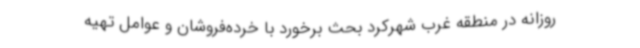
روزانه در منطقه غرب شهرکرد بحث برخورد با خرده‌فروشان و عوامل تهیه